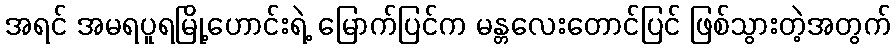
အရင် အမရပူရမြို့ဟောင်းရဲ့ မြောက်ပြင်က မန္တလေးတောင်ပြင် ဖြစ်သွားတဲ့အတွက်